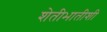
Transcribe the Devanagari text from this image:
शेतीभातीशी